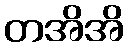
တအိအိ